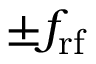
\pm f _ { \mathrm { r f } }